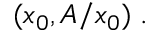
( x _ { 0 } , A / x _ { 0 } ) \; .